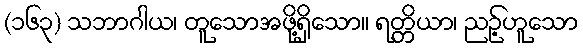
(၁၆၃) သဘာဂါယ၊ တူသောအဖို့ရှိသော။ ရတ္တိယာ၊ ညဉ့်ဟူသော